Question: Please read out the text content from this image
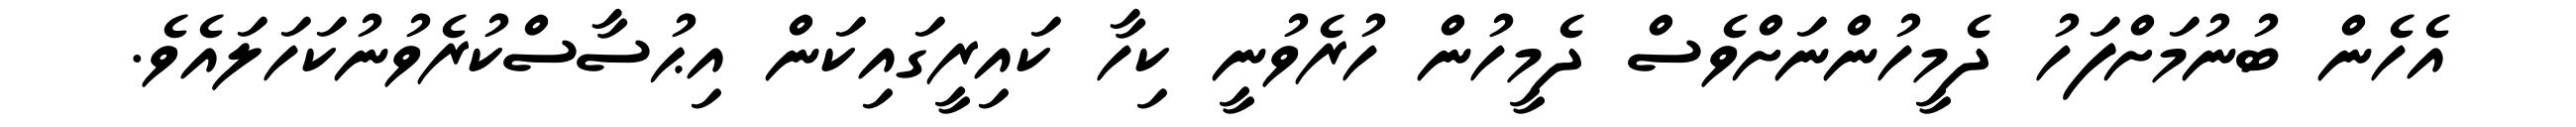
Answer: އެހެން ބުނުމަށްފަހު ދެމީހުންނަށްވެސް ދެމީހުން ހުރެވުނީ ކިހާ ކައިރީގައިކަން އިޙުސާސްކުރެވުނުކަހަލައެވެ.